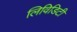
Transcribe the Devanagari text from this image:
लिविडिटी